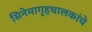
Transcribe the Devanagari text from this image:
सिनेमागृहचालकांचे